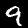
Label: 9